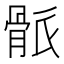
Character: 𩨶